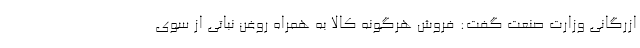
ازرگانی وزارت صنعت گفت: فروش هرگونه کالا به همراه روغن نباتی از سوی